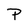
Character: P